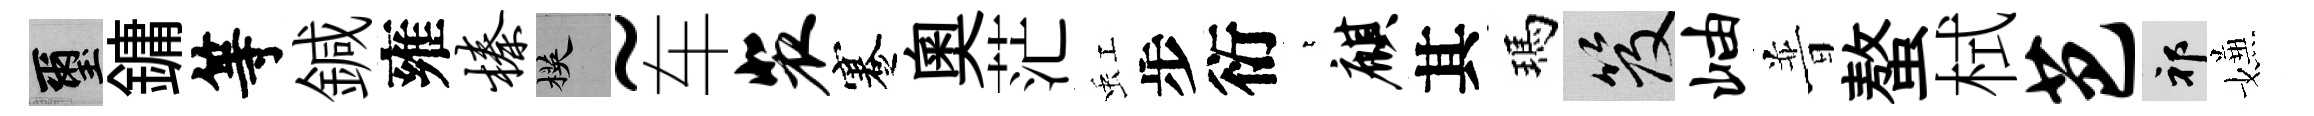
璽鏞等鍼雍榛楧~车裴蹇奥茫虹步衍萋麒其瑪笈岫普螯栻芭祁嫌